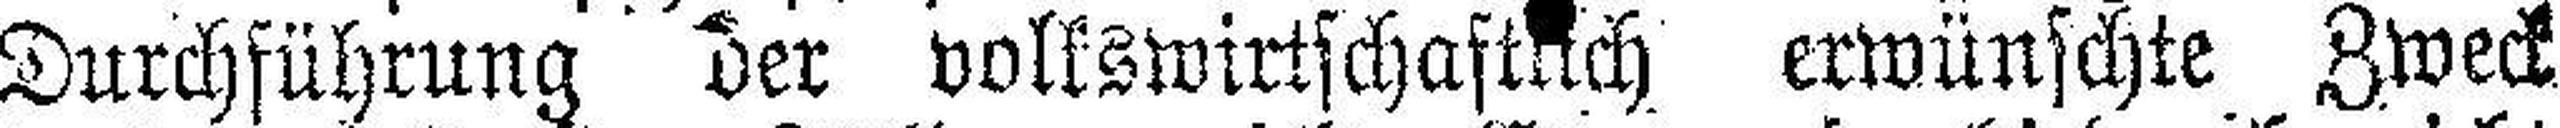
Durchführung der volkswirtschaftlich erwünschte Zweck